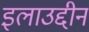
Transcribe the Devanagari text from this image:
इलाउद्दीन